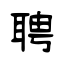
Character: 聘